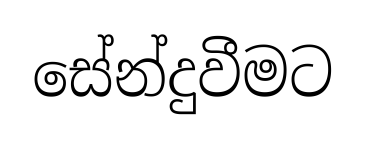
සේන්දුවීමට